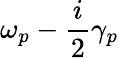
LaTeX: \omega_{p}-\frac{i}{2}\gamma_{p}